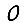
Digit: 0